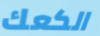
الكعك